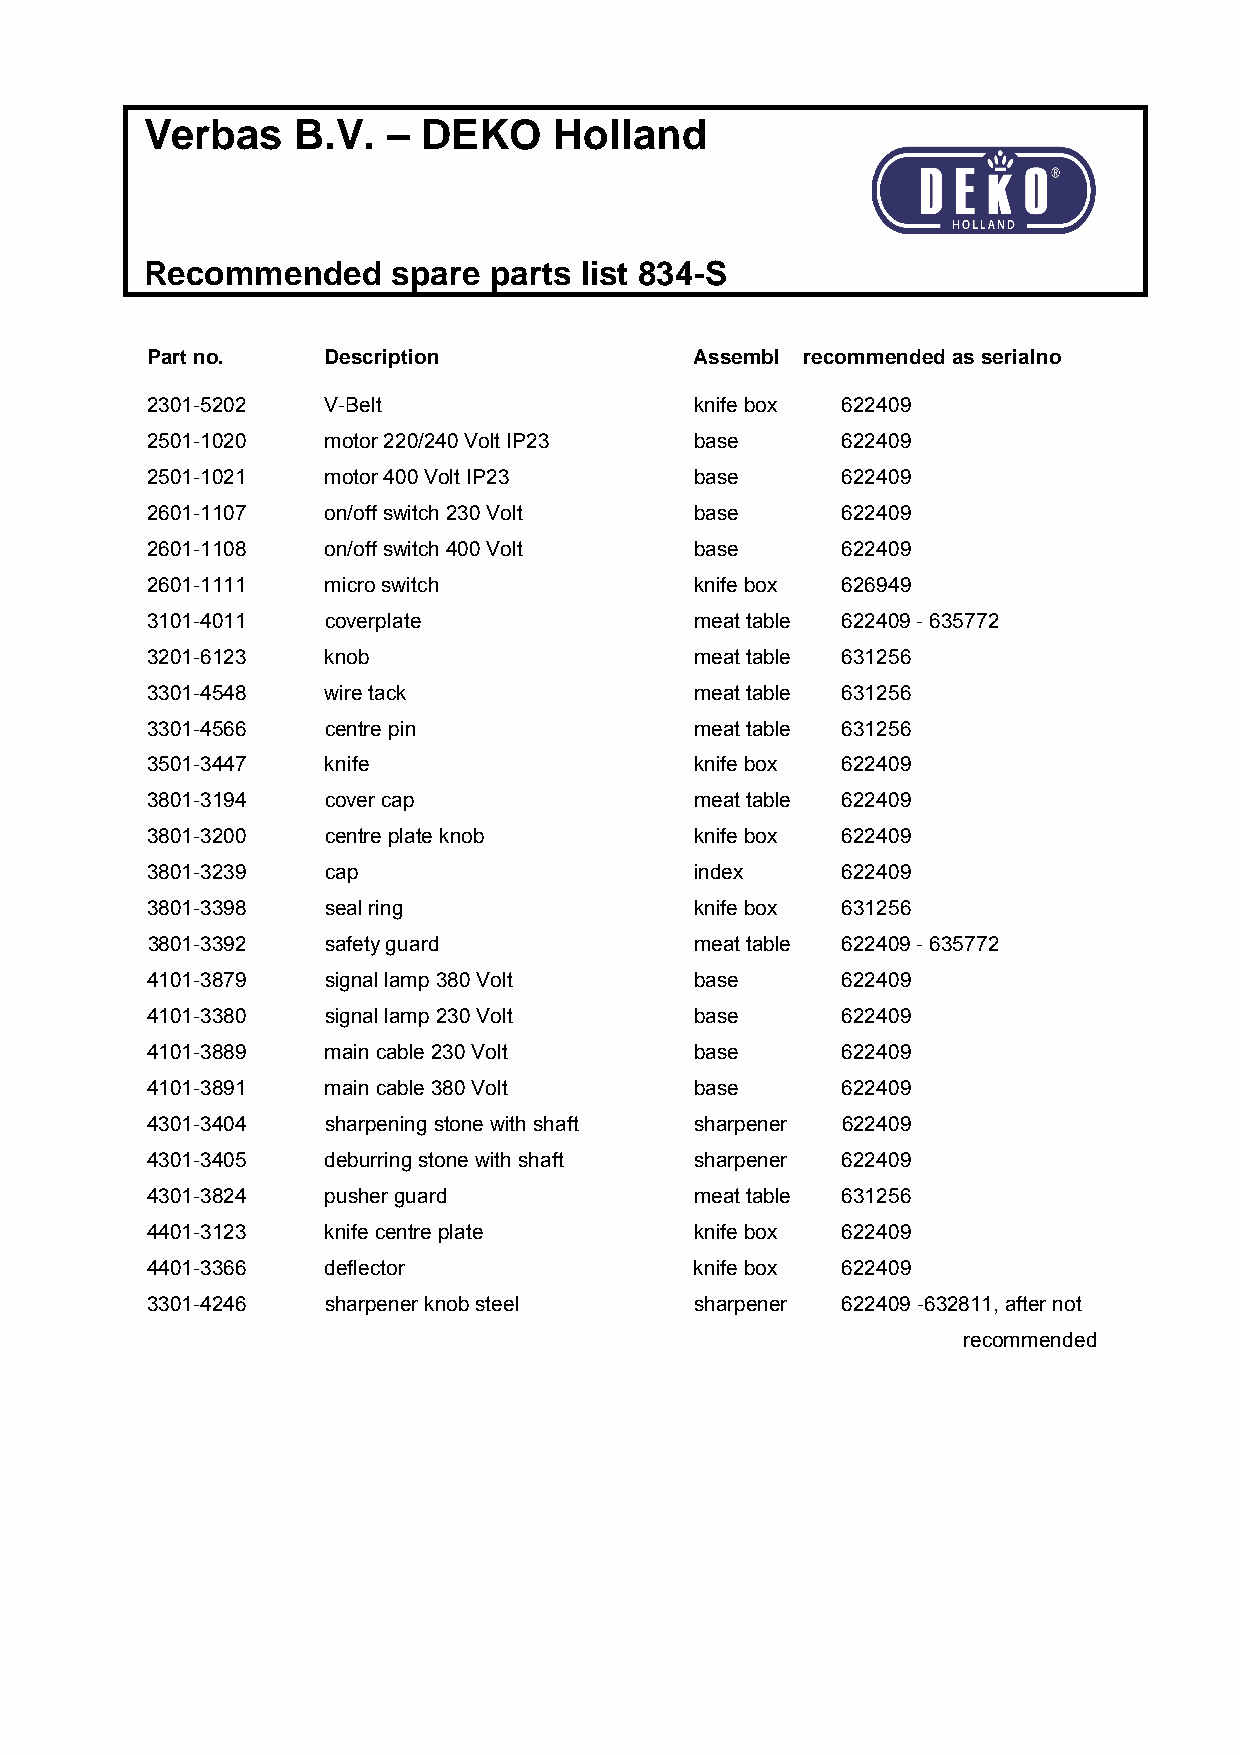
Verbas    B.V.  – DEKO     Holland
 Recommended     spare parts list 834-S
 Part no.    Description             Assembl recommended as serialno
 2301-5202   V-Belt                  knife box 622409
 2501-1020   motor 220/240 Volt IP23 base      622409
 2501-1021   motor 400 Volt IP23     base      622409
 2601-1107   on/off switch 230 Volt  base      622409
 2601-1108   on/off switch 400 Volt  base      622409
 2601-1111   micro switch            knife box 626949
 3101-4011   coverplate              meat table 622409 - 635772
 3201-6123   knob                    meat table 631256
 3301-4548   wire tack               meat table 631256
 3301-4566   centre pin              meat table 631256
 3501-3447   knife                   knife box 622409
 3801-3194   cover cap               meat table 622409
 3801-3200   centre plate knob       knife box 622409
 3801-3239   cap                     index     622409
 3801-3398   seal ring               knife box 631256
 3801-3392   safety guard            meat table 622409 - 635772
 4101-3879   signal lamp 380 Volt    base      622409
 4101-3380   signal lamp 230 Volt    base      622409
 4101-3889   main cable 230 Volt     base      622409
 4101-3891   main cable 380 Volt     base      622409
 4301-3404   sharpening stone with shaft sharpener 622409
 4301-3405   deburring stone with shaft sharpener 622409
 4301-3824   pusher guard            meat table 631256
 4401-3123   knife centre plate      knife box 622409
 4401-3366   deflector               knife box 622409
 3301-4246   sharpener knob steel    sharpener 622409 -632811, after not
 recommended